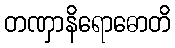
တဏှာနိရောဓောတိ